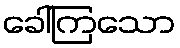
ခေါ်ကြသော